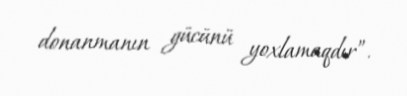
donanmanın gücünü yoxlamaqdır”.